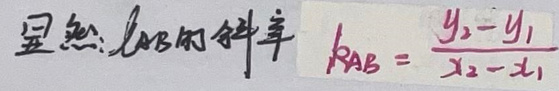
显然\(l_{AB}\)的斜率\(k_{AB}=\frac{y_2 - y_1}{x_2 - x_1}\)